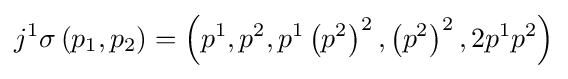
j^{1}\sigma \left(p_{1},p_{2}\right)=\left(p^{1},p^{2},p^{1}\left(p^{2}\right)^{2},\left(p^{2}\right)^{2},2p^{1}p^{2}\right)